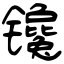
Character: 镵